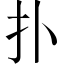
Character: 扑